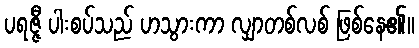
ပရဇ္ဇီ ပါးစပ်သည် ဟသွားကာ လျှာတစ်လစ် ဖြစ်နေ၏။